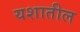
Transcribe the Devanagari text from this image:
यशातील